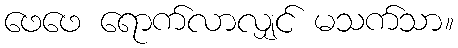
ဖေဖေ ရောက်လာလျှင် မသက်သာ။